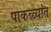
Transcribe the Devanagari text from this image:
पाकळ्यांत